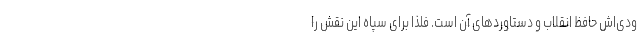
ودی‌اش حافظ انقلاب و دستاوردهای آن است. فلذا برای سپاه این نقش را